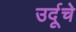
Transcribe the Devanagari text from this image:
उर्दूचे